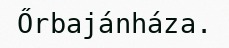
Őrbajánháza.